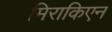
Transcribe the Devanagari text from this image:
मिराकिएन